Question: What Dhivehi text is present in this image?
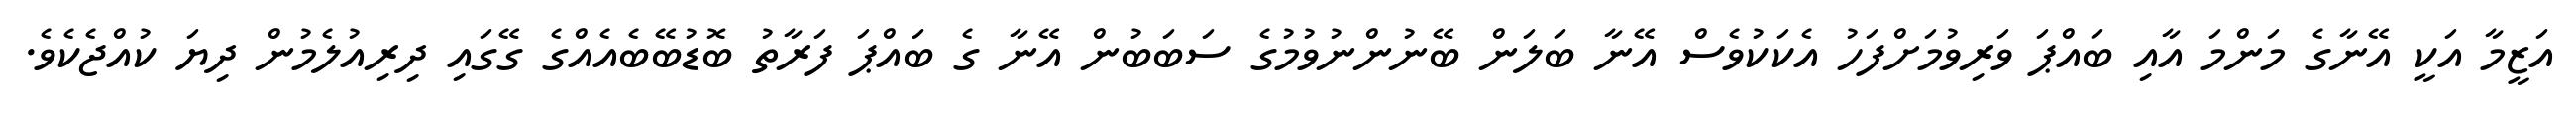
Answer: އަޒީމާ އަކީ އޭނާގެ މަންމަ އާއި ބައްޕަ ވަރިވުމަށްފަހު އެކަކުވެސް އޭނާ ބަލަން ބޭނުންނުވުމުގެ ސަބަބުން އޭނާ ގެ ބައްޕަ ފަރާތު ބޮޑުބޭބެއެއްގެ ގޭގައި ދިރިއުލެމުން ދިޔަ ކުއްޖެކެވެ.